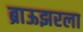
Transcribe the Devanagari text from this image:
ब्राऊझरला